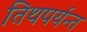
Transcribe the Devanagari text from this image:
तिथपर्यन्त